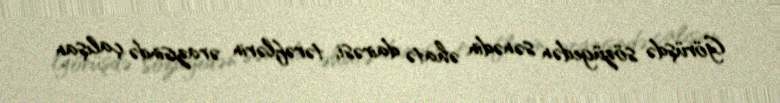
Görüşdə sözügedən sənədin əhatə dairəsi, tərəflərin ərazisində çalışan